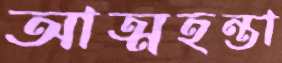
আত্মহন্তা